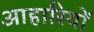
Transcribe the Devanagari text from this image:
आहारियों